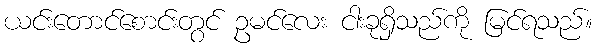
ယင်းတောင်စောင်းတွင် ဥမင်လေး ငါးခုရှိသည်ကို မြင်ရသည်။